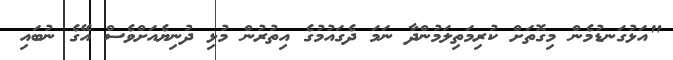
"އަޅުގަނޑުމެން މިގޮތަށް ކުރިމަތިލަމުންދާ ނަމަ ދެގައުމުގެ އިތުރުން މުޅި ދުނިޔެއަށްވެސް އޭގެ ނުބައި